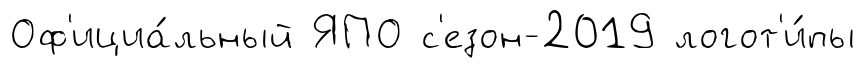
Оф'ициа́льный ЯПО с'езон-2019 логот'и́пы